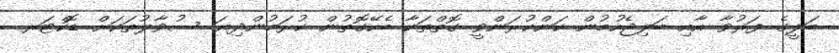
ބަލީގެ ފަރުވާ އާއި ބަލިޖެހުމުން ކަންކުރަންވީ ގޮތްތަކާ ބެހޭގޮތުން ކުރަމުންދިޔަ ސުވާލުތަކަށް ޑޮކްޓަރ